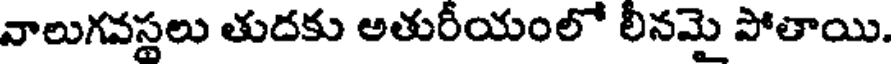
నాలుగవస్తలు తుదకు అతురీయంలో లీనమై పోతాయి.